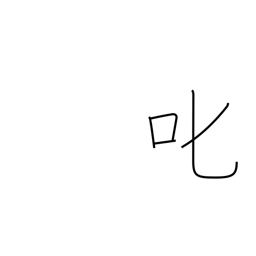
Meaning: reprove